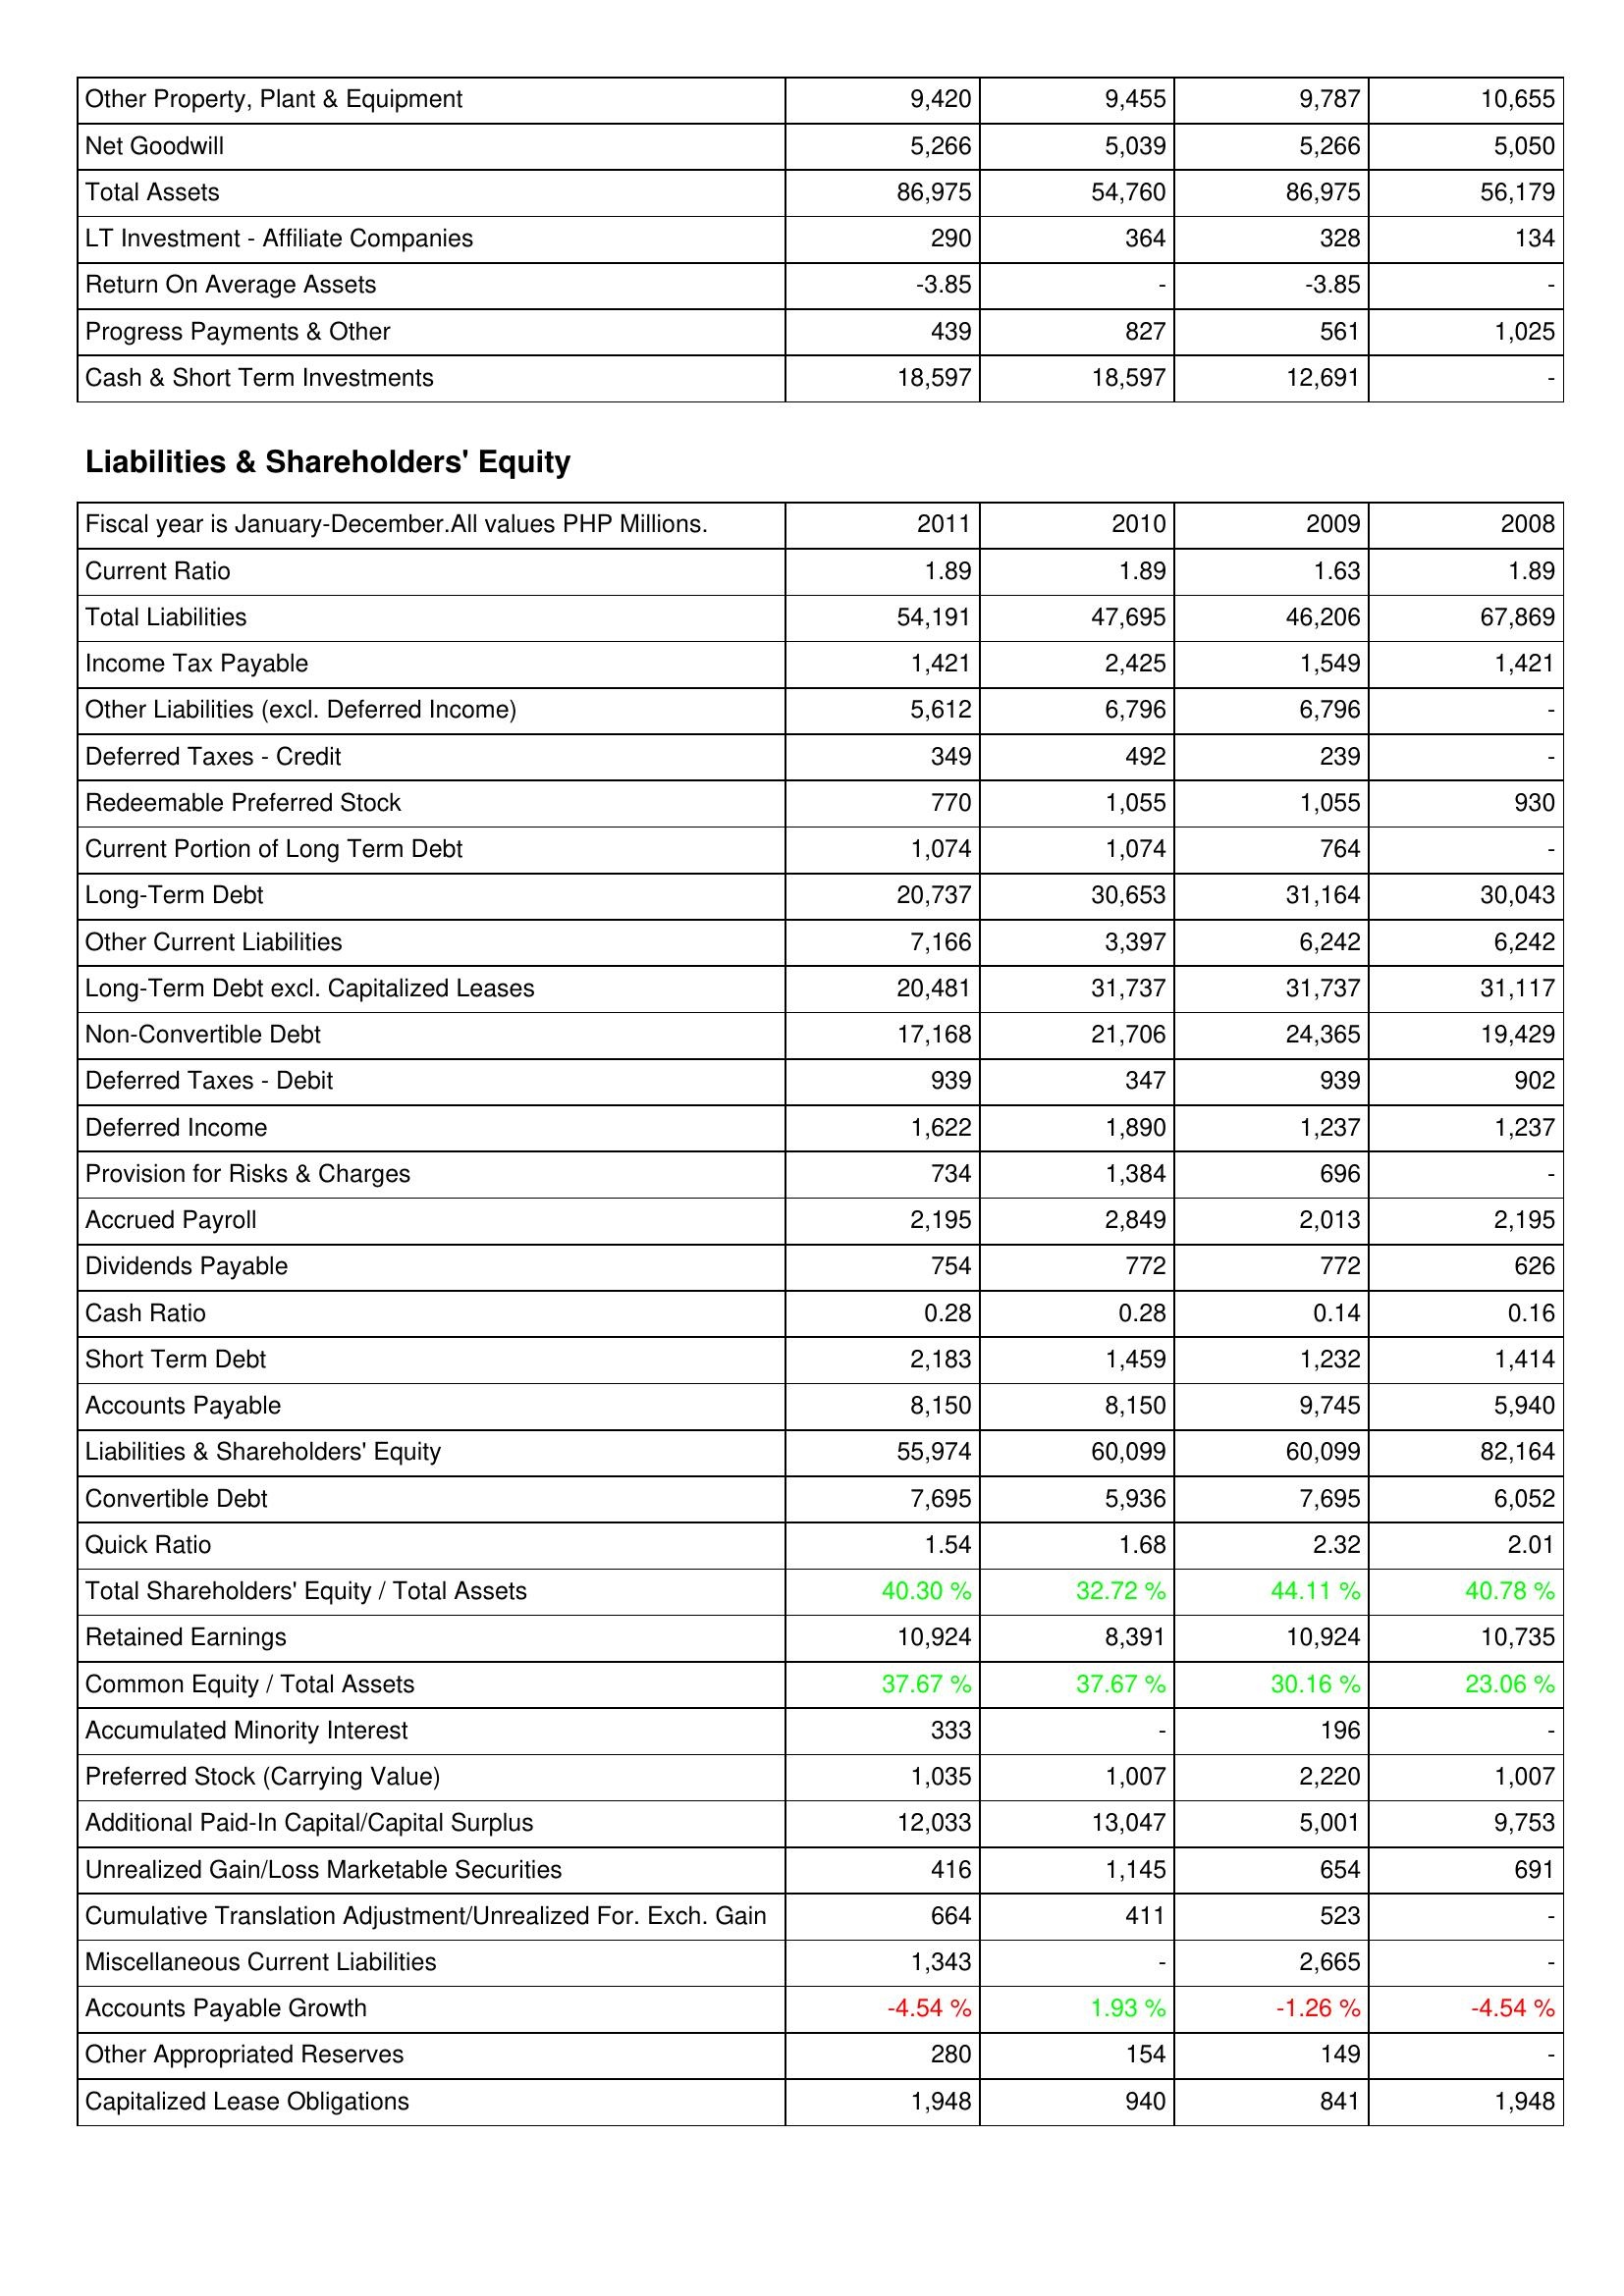
2011: Assets: Other Property, Plant & Equipment: 9,420
Net Goodwill: 5,266
Total Assets: 86,975
LT Investment - Affiliate Companies: 290
Return On Average Assets: -3.85
Progress Payments & Other: 439
Cash & Short Term Investments: 18,597
Liabilities & Shareholders' Equity: Current Ratio: 1.89
Total Liabilities: 54,191
Income Tax Payable: 1,421
Other Liabilities (excl. Deferred Income): 5,612
Deferred Taxes - Credit: 349
Redeemable Preferred Stock: 770
Current Portion of Long Term Debt: 1,074
Long-Term Debt: 20,737
Other Current Liabilities: 7,166
Long-Term Debt excl. Capitalized Leases: 20,481
Non-Convertible Debt: 17,168
Deferred Taxes - Debit: 939
Deferred Income: 1,622
Provision for Risks & Charges: 734
Accrued Payroll: 2,195
Dividends Payable: 754
Cash Ratio: 0.28
Short Term Debt: 2,183
Accounts Payable: 8,150
Liabilities & Shareholders' Equity: 55,974
Convertible Debt: 7,695
Quick Ratio: 1.54
Total Shareholders' Equity / Total Assets: 40.30 %
Retained Earnings: 10,924
Common Equity / Total Assets: 37.67 %
Accumulated Minority Interest: 333
Preferred Stock (Carrying Value): 1,035
Additional Paid-In Capital/Capital Surplus: 12,033
Unrealized Gain/Loss Marketable Securities: 416
Cumulative Translation Adjustment/Unrealized For. Exch. Gain: 664
Miscellaneous Current Liabilities: 1,343
Accounts Payable Growth: -4.54 %
Other Appropriated Reserves: 280
Capitalized Lease Obligations: 1,948
2010: Assets: Other Property, Plant & Equipment: 9,455
Net Goodwill: 5,039
Total Assets: 54,760
LT Investment - Affiliate Companies: 364
Return On Average Assets: -
Progress Payments & Other: 827
Cash & Short Term Investments: 18,597
Liabilities & Shareholders' Equity: Current Ratio: 1.89
Total Liabilities: 47,695
Income Tax Payable: 2,425
Other Liabilities (excl. Deferred Income): 6,796
Deferred Taxes - Credit: 492
Redeemable Preferred Stock: 1,055
Current Portion of Long Term Debt: 1,074
Long-Term Debt: 30,653
Other Current Liabilities: 3,397
Long-Term Debt excl. Capitalized Leases: 31,737
Non-Convertible Debt: 21,706
Deferred Taxes - Debit: 347
Deferred Income: 1,890
Provision for Risks & Charges: 1,384
Accrued Payroll: 2,849
Dividends Payable: 772
Cash Ratio: 0.28
Short Term Debt: 1,459
Accounts Payable: 8,150
Liabilities & Shareholders' Equity: 60,099
Convertible Debt: 5,936
Quick Ratio: 1.68
Total Shareholders' Equity / Total Assets: 32.72 %
Retained Earnings: 8,391
Common Equity / Total Assets: 37.67 %
Accumulated Minority Interest: -
Preferred Stock (Carrying Value): 1,007
Additional Paid-In Capital/Capital Surplus: 13,047
Unrealized Gain/Loss Marketable Securities: 1,145
Cumulative Translation Adjustment/Unrealized For. Exch. Gain: 411
Miscellaneous Current Liabilities: -
Accounts Payable Growth: 1.93 %
Other Appropriated Reserves: 154
Capitalized Lease Obligations: 940
2009: Assets: Other Property, Plant & Equipment: 9,787
Net Goodwill: 5,266
Total Assets: 86,975
LT Investment - Affiliate Companies: 328
Return On Average Assets: -3.85
Progress Payments & Other: 561
Cash & Short Term Investments: 12,691
Liabilities & Shareholders' Equity: Current Ratio: 1.63
Total Liabilities: 46,206
Income Tax Payable: 1,549
Other Liabilities (excl. Deferred Income): 6,796
Deferred Taxes - Credit: 239
Redeemable Preferred Stock: 1,055
Current Portion of Long Term Debt: 764
Long-Term Debt: 31,164
Other Current Liabilities: 6,242
Long-Term Debt excl. Capitalized Leases: 31,737
Non-Convertible Debt: 24,365
Deferred Taxes - Debit: 939
Deferred Income: 1,237
Provision for Risks & Charges: 696
Accrued Payroll: 2,013
Dividends Payable: 772
Cash Ratio: 0.14
Short Term Debt: 1,232
Accounts Payable: 9,745
Liabilities & Shareholders' Equity: 60,099
Convertible Debt: 7,695
Quick Ratio: 2.32
Total Shareholders' Equity / Total Assets: 44.11 %
Retained Earnings: 10,924
Common Equity / Total Assets: 30.16 %
Accumulated Minority Interest: 196
Preferred Stock (Carrying Value): 2,220
Additional Paid-In Capital/Capital Surplus: 5,001
Unrealized Gain/Loss Marketable Securities: 654
Cumulative Translation Adjustment/Unrealized For. Exch. Gain: 523
Miscellaneous Current Liabilities: 2,665
Accounts Payable Growth: -1.26 %
Other Appropriated Reserves: 149
Capitalized Lease Obligations: 841
2008: Assets: Other Property, Plant & Equipment: 10,655
Net Goodwill: 5,050
Total Assets: 56,179
LT Investment - Affiliate Companies: 134
Return On Average Assets: -
Progress Payments & Other: 1,025
Cash & Short Term Investments: -
Liabilities & Shareholders' Equity: Current Ratio: 1.89
Total Liabilities: 67,869
Income Tax Payable: 1,421
Other Liabilities (excl. Deferred Income): -
Deferred Taxes - Credit: -
Redeemable Preferred Stock: 930
Current Portion of Long Term Debt: -
Long-Term Debt: 30,043
Other Current Liabilities: 6,242
Long-Term Debt excl. Capitalized Leases: 31,117
Non-Convertible Debt: 19,429
Deferred Taxes - Debit: 902
Deferred Income: 1,237
Provision for Risks & Charges: -
Accrued Payroll: 2,195
Dividends Payable: 626
Cash Ratio: 0.16
Short Term Debt: 1,414
Accounts Payable: 5,940
Liabilities & Shareholders' Equity: 82,164
Convertible Debt: 6,052
Quick Ratio: 2.01
Total Shareholders' Equity / Total Assets: 40.78 %
Retained Earnings: 10,735
Common Equity / Total Assets: 23.06 %
Accumulated Minority Interest: -
Preferred Stock (Carrying Value): 1,007
Additional Paid-In Capital/Capital Surplus: 9,753
Unrealized Gain/Loss Marketable Securities: 691
Cumulative Translation Adjustment/Unrealized For. Exch. Gain: -
Miscellaneous Current Liabilities: -
Accounts Payable Growth: -4.54 %
Other Appropriated Reserves: -
Capitalized Lease Obligations: 1,948